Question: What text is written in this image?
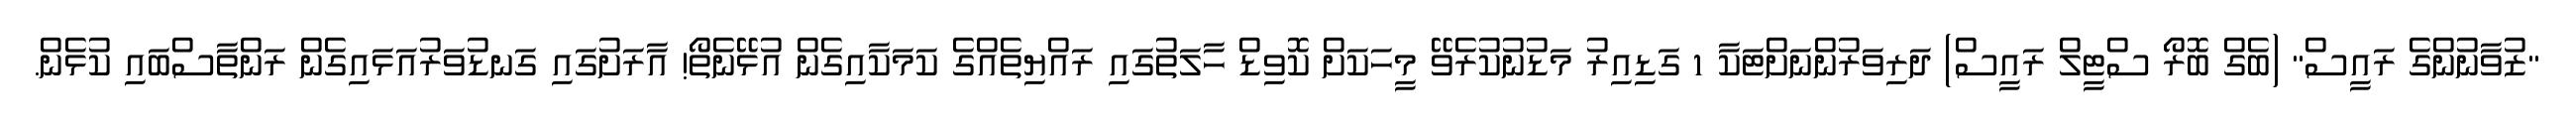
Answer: "ޒުވާނުންގެ ރައީސް" (ބެގް ބޮރޯ ސްޓީލް ރައީސް) ދަރިވަރުންނަށްޓަކާ 1 ގަޑިއިރު މަޑުނުކުރެވޭ މީހަކަށް ކޮވިޑް ހާލަތުގައި ރައްޔިތެއްގެ ކަމަކާއިގެން އުޅޭނެތޯ! އާރަށުގައި ގަނޑުވަރުއަޅައިގެން ރަންތާސްބައި ކުޅެން.